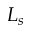
L _ { s }